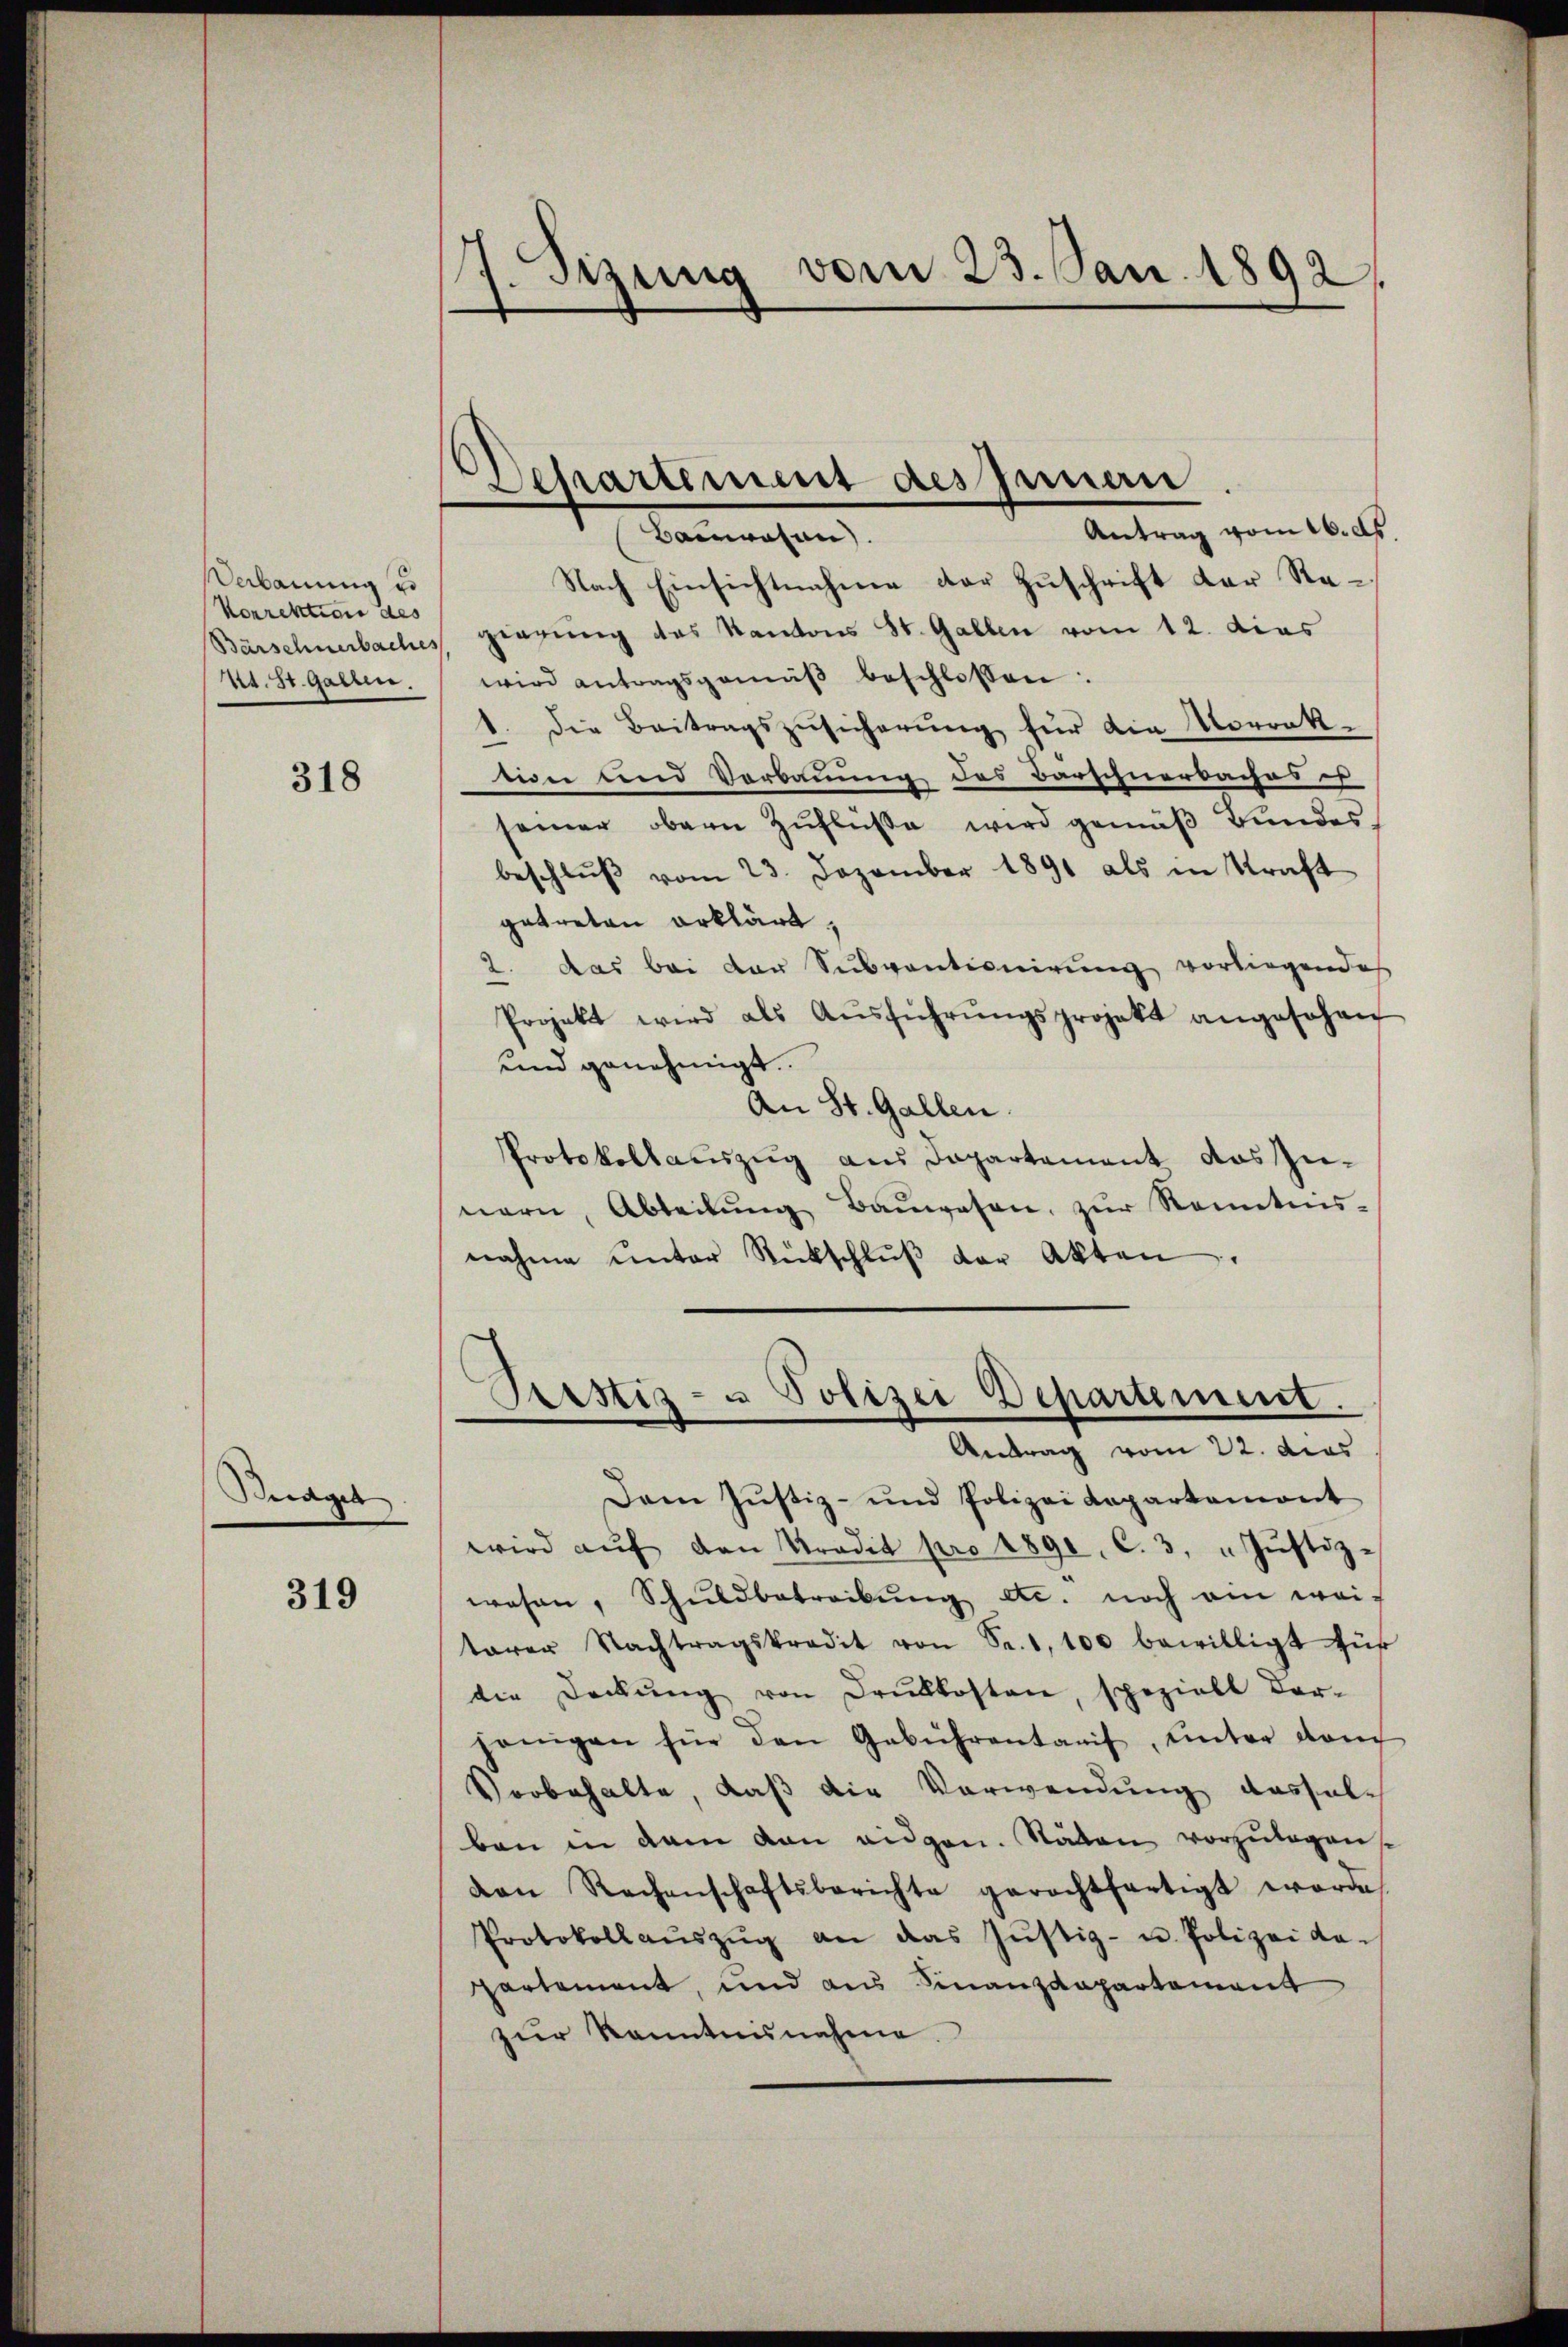
Vebauung zu
korrektion des
nt. St. Gallen.

318

Duages

319

7. Szung vom 23. Jan. 1892,

Antrag vom 16. d.
Nach Einsichtnahme der Zuschrift der Re¬
Barschnerbaches gierung das Kantons St. Gallen vom 12. dies
wird antragsgemäβ beschlossen:
1. die Beitragszŭsicherŭng für die Vorrak-
wer und Verbauung des Barschnerbaches is
seiner obern Zufluße wird gemäβ Bundes
beschlŭβ vom 23. Dezember 1891 als in Kraft
getreten erklärt.
2. das bei der Subventionirung vorliegendes
Projekt wird als Aŭsführŭngsprojekt angesehen
und genehmigt.
An St. Gallen.
Protokollauszug aus Departement das Zu-
nern, Abteilŭng Baŭwesen, zŭr Kenntnis-
nahme unter Rückschlŭβ der Akten.

Separtement des Innern
Barwesen.

Pestiz- u Polizei Departement.
Antrag vom 22. dies

Dam Jŭstiz- und Polizeidepartemont
wird aŭf den Predit pro 1890, C. 3. " Jŭstiz-
wesen, Schŭldbetreibŭng etc. noch ein wei-
tarer Nachtragskredit von Fr. 1, 100 bewilligt für
die Deckŭng von Drŭkkosten, speziell dar-
jenigen für den Gebührentant, ŭnter dam
Vorbehalte, daß die Verwendung dassele
ben in dem von eidgen. Stäten vorzulegens
von Rechenschaftsberichte gerechtfertigt werde.
Protokoll aŭszŭg an das Jŭstiz- u. Polizei da-
partement, und aus Finanzdepartament
zŭr Kenntnisnahme.